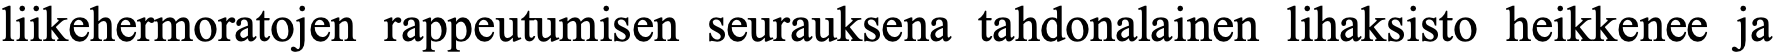
liikehermoratojen rappeutumisen seurauksena tahdonalainen lihaksisto heikkenee ja